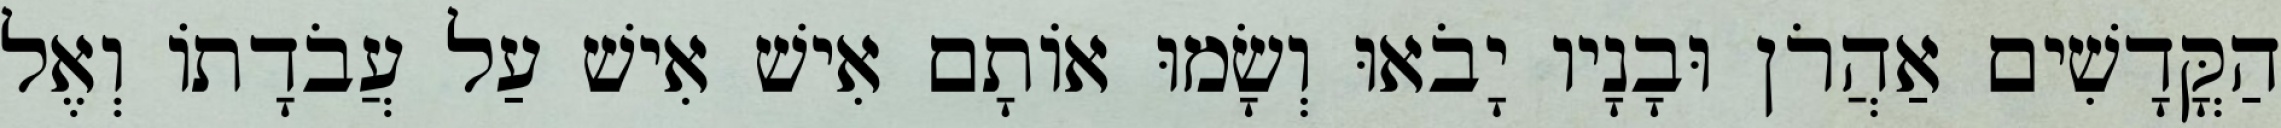
הַקֳּדָשִׁים אַהֲרֹן וּבָנָיו יָבֹאוּ וְשָׂמוּ אוֹתָם אִישׁ אִישׁ עַל עֲבֹדָתוֹ וְאֶל